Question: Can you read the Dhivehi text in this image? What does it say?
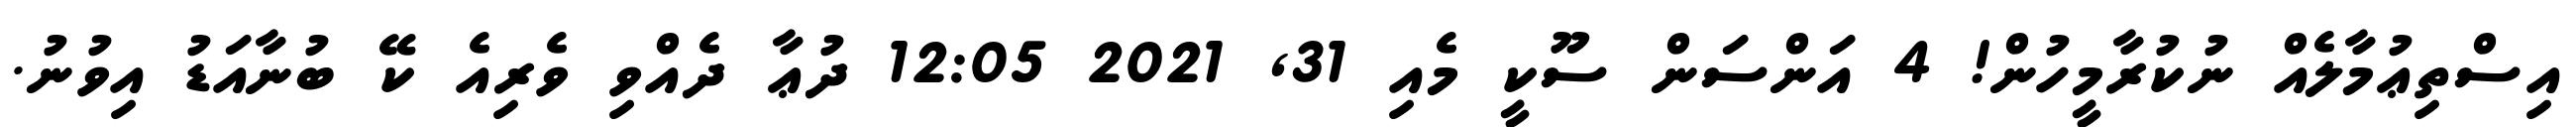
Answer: އިސްތިޢުމާލެއް ނުކުރާމީހުން! 4 އަންސަން ސޫކީ މެއި 31, 2021 12:05 ދުޢާ ދެއްވި ވެރިއެ ކޭ ބުނާއަޑު އިވުނު.